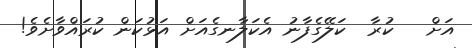
އަށް   ކުރާ  ކަލޭގެފާނު އެކަލާނގެއަށް އަޅުކަން ކުރައްވާށެވެ!